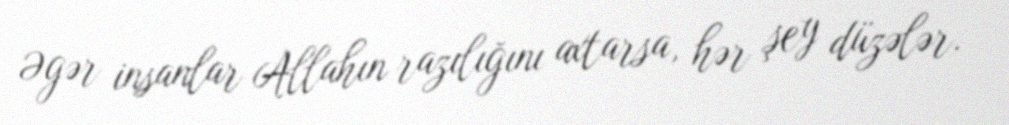
Əgər insanlar Allahın razılığını axtarsa, hər şey düzələr.